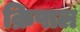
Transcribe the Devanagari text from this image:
क्रिपाल